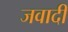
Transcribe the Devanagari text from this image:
जवादी